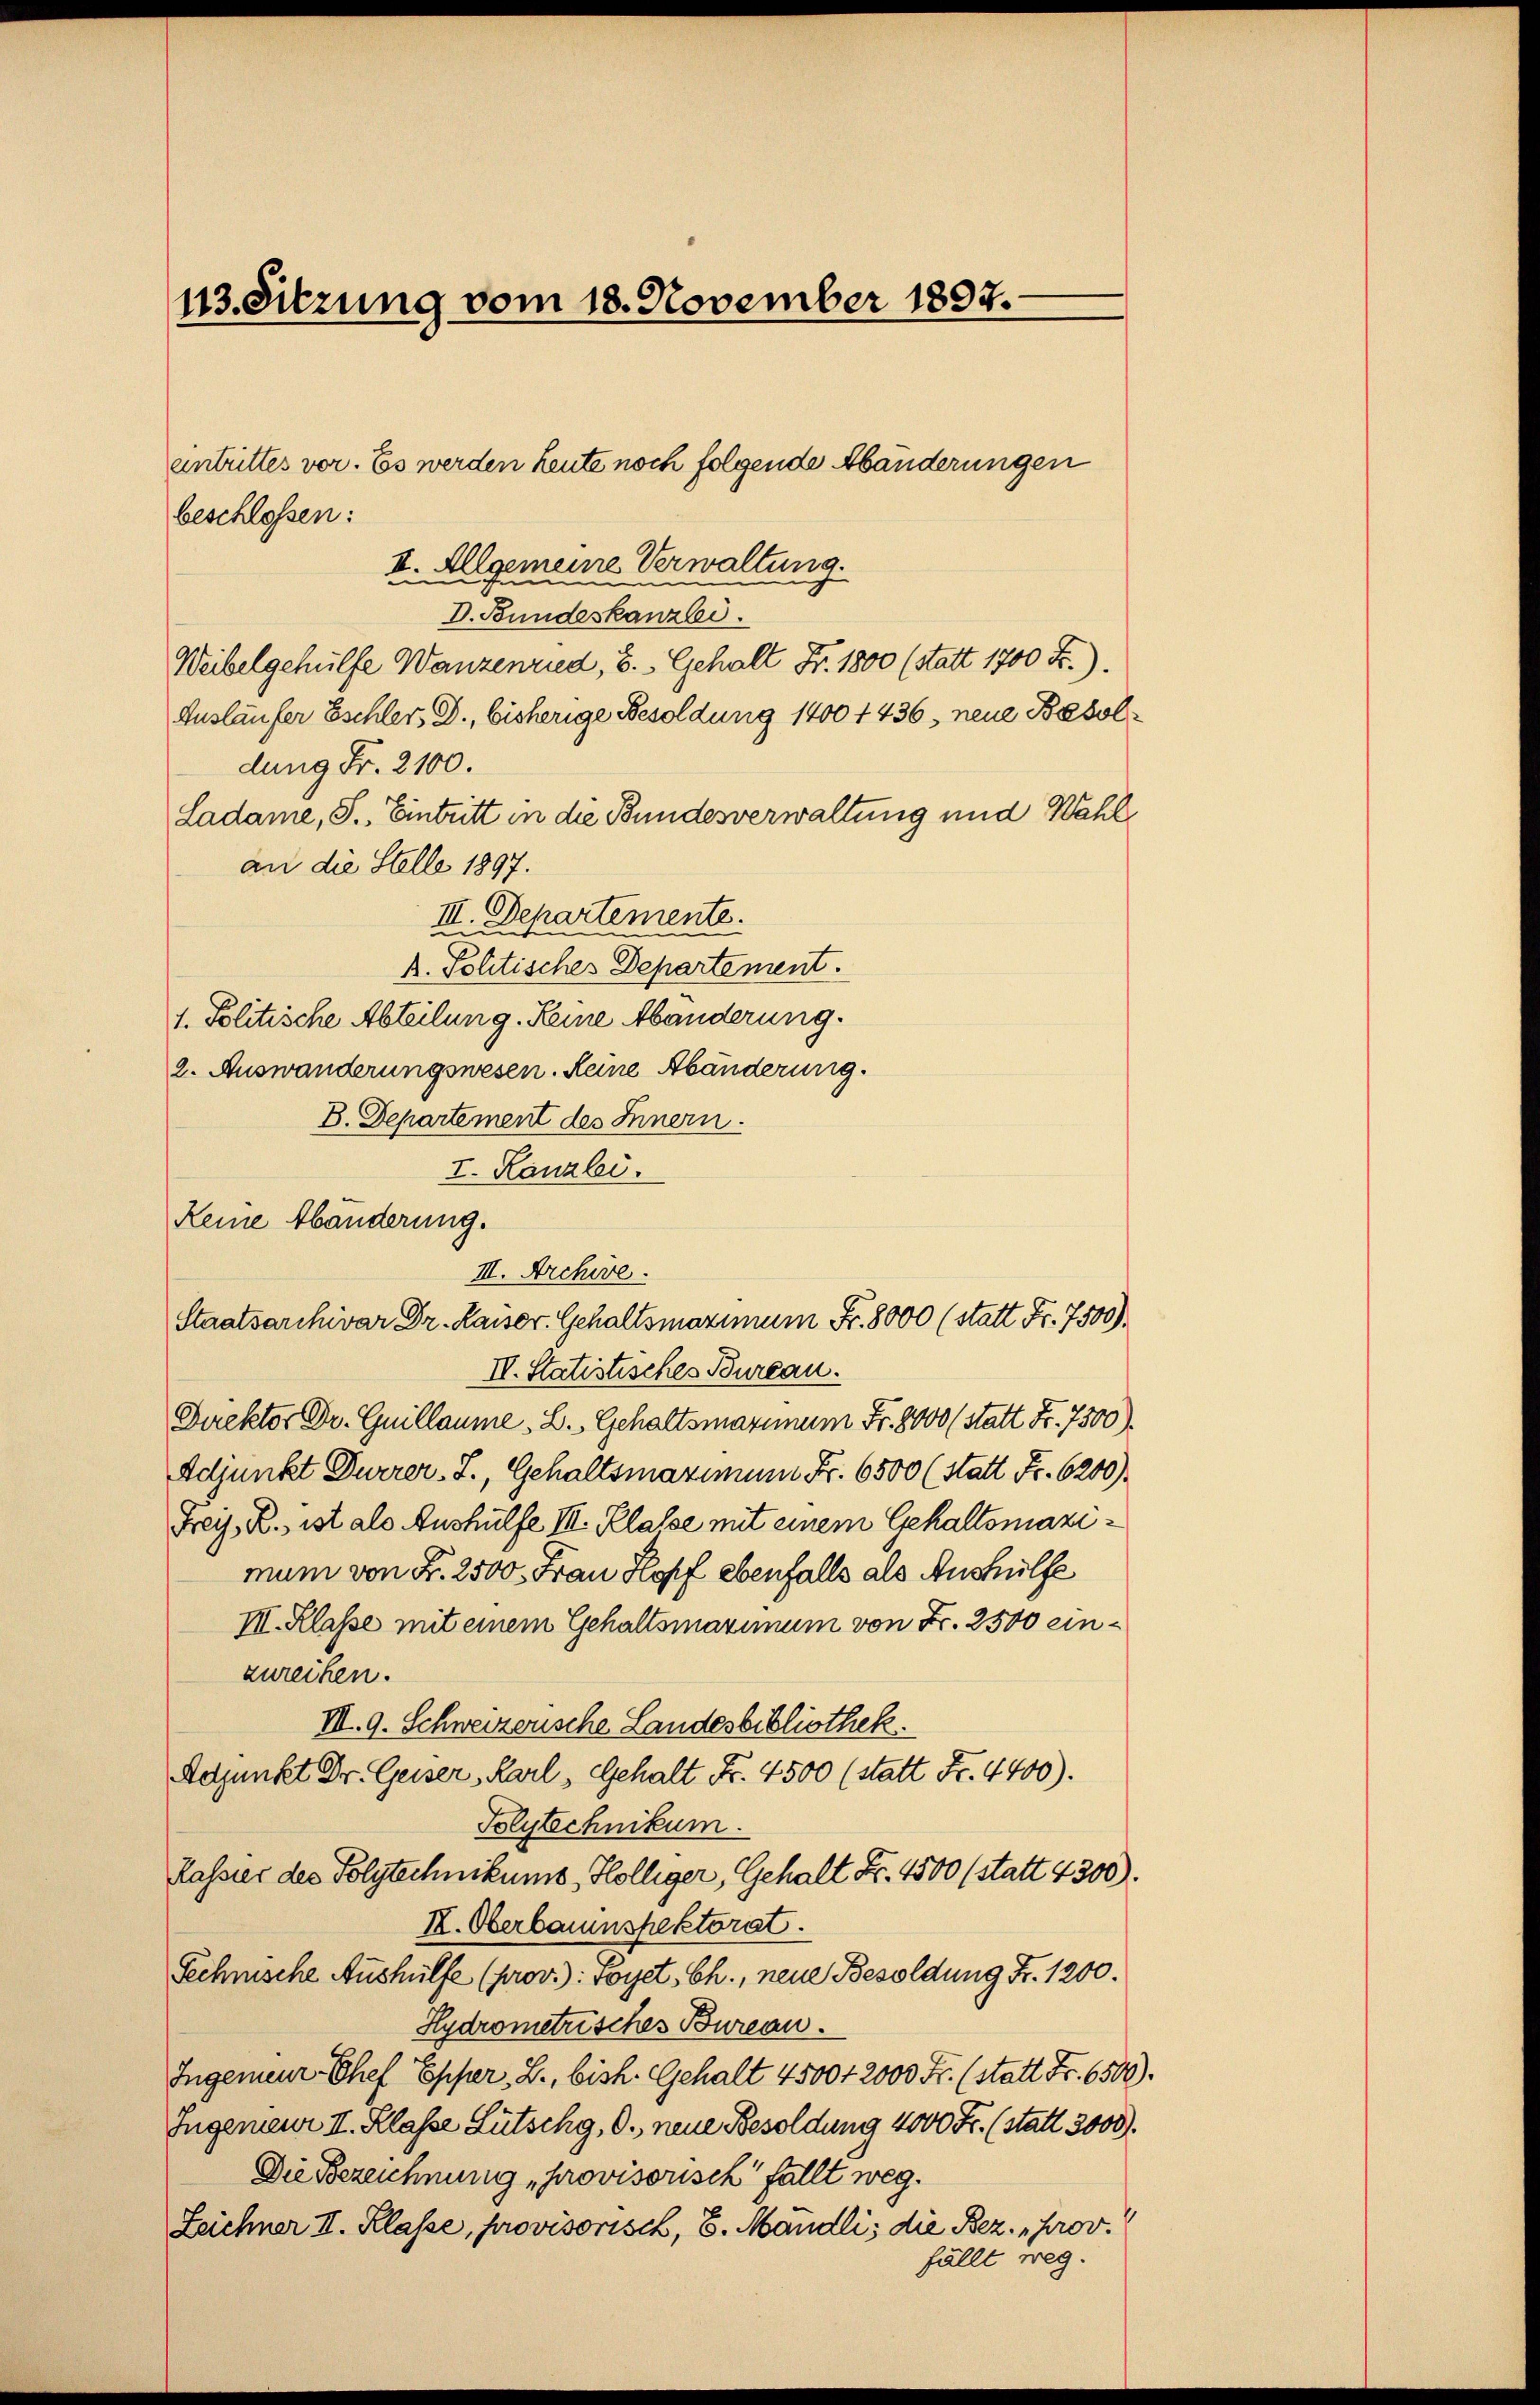
113. Sitzung vom 18. November 1897.

beschlossen:
II. Allgemeine Verwaltung.
D. Bundeskanzlei.
Weibelgehülfe Wanzenried, E. Gehalt Fr. 1800 (statt 1700 Fr.).
Ausläufer Eschler, D., bisherige Besoldung 1400 f 436, neue Besoldung Fr. 2100.
Ladame, S. Eintritt in die Bundesverwaltung und Wahl
an die Stelle 1897.
I. Departemente.
p. Politisches Departement.
1. Politische Abteilung. Keine Abänderung.
2. Auswanderungswesen. Reine Abänderung.
B. Departement des Innern.
I. Kanzlei.
Keine Abänderung.
Staatsarchivar Dr. Kaiser Gehaltsmaximum Fr. 8000 (statt Fr. 7500)
II. Statistisches Bureau.
Direktor Dr. Guillaume - B. Gehaltsmaximum Fr. 8000 (statt Fr. 7300).
Adjunkt Dürrer. J., Gehaltsmaximum Fr. 6500 (Statt Fr. 6200)
Freiz. R. ist als Aushülfe III. Klasse mit einem Gehaltsmaximum von N. 2500. Frau Hopf ebenfalls als Aushülfe
II. Klasse mit einem Gehaltsmaximum von Fr. 2500 einzureihen.
III. 9. Schweizerische Landesbibliothek.
Adjunkt Dr. Geiser, Karl, Gehalt Fr. 4500 (statt Fr. 4400).
Polytechnikum.
Kassier des Polytechnikums, Kölliger, Gehalt Fr. 4500 (statt 4300).
I. Oberbauinspektorat.
Technische Aushülfe (prov.): Foyet, Ch., neue Besoldung Fr. 1200.
Hydrometrisches Bureau.
Ingenieur Chef Epper, L., bish. Gehalt 4500 f 2000 Fr. (statt Fr. 6500).
Ingenieur II. Klasse Lütschg, O., neue Besoldung 4000 Fr. (statt 3000).
Die Bezeichnung provisorisch fällt weg.
Zeichner II. Klasse, provisorisch, 8. Mandli, die Bez. prov.
fällt weg.

eintrittes vor. Es werden heute noch folgende Abänderungen

III. Archive.